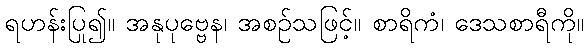
ရဟန်းပြု၍။ အနုပုဗ္ဗေန၊ အစဉ်သဖြင့်။ စာရိကံ၊ ဒေသစာရီကို။